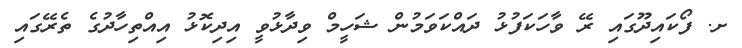
ށ. ފޯކައިދޫގައި ރޭ ވާހަކަފުޅު ދައްކަވަމުން ޝަހީމް ވިދާޅުވީ އިދިކޮޅު އިއްތިހާދުގެ ތެރޭގައި